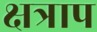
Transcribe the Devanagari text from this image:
क्षत्राप